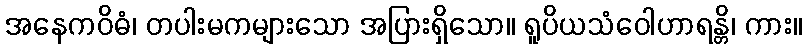
အနေကဝိဓံ၊ တပါးမကများသော အပြားရှိသော။ ရူပိယသံဝေါဟာရန္တိ၊ ကား။